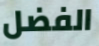
الفضل